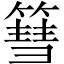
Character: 篲